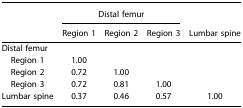
<table><thead><tr><td></td><td colspan="3"><b>Distal femur</b></td><td></td></tr><tr><td></td><td><b>Region 1</b></td><td><b>Region 2</b></td><td><b>Region 3</b></td><td><b>Lumbar spine</b></td></tr></thead><tbody><tr><td colspan="5">Distal femur</td></tr><tr><td> Region 1</td><td>1.00</td><td></td><td></td><td></td></tr><tr><td> Region 2</td><td>0.72</td><td>1.00</td><td></td><td></td></tr><tr><td> Region 3</td><td>0.72</td><td>0.81</td><td>1.00</td><td></td></tr><tr><td>Lumbar spine</td><td>0.37</td><td>0.46</td><td>0.57</td><td>1.00</td></tr></tbody></table>